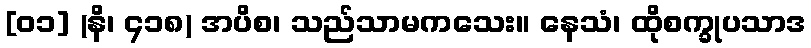
[၀၁] (နိ၊ ၄၁၈) အပိစ၊ သည်သာမကသေး။ နေသံ၊ ထိုစက္ခုပသာဒ